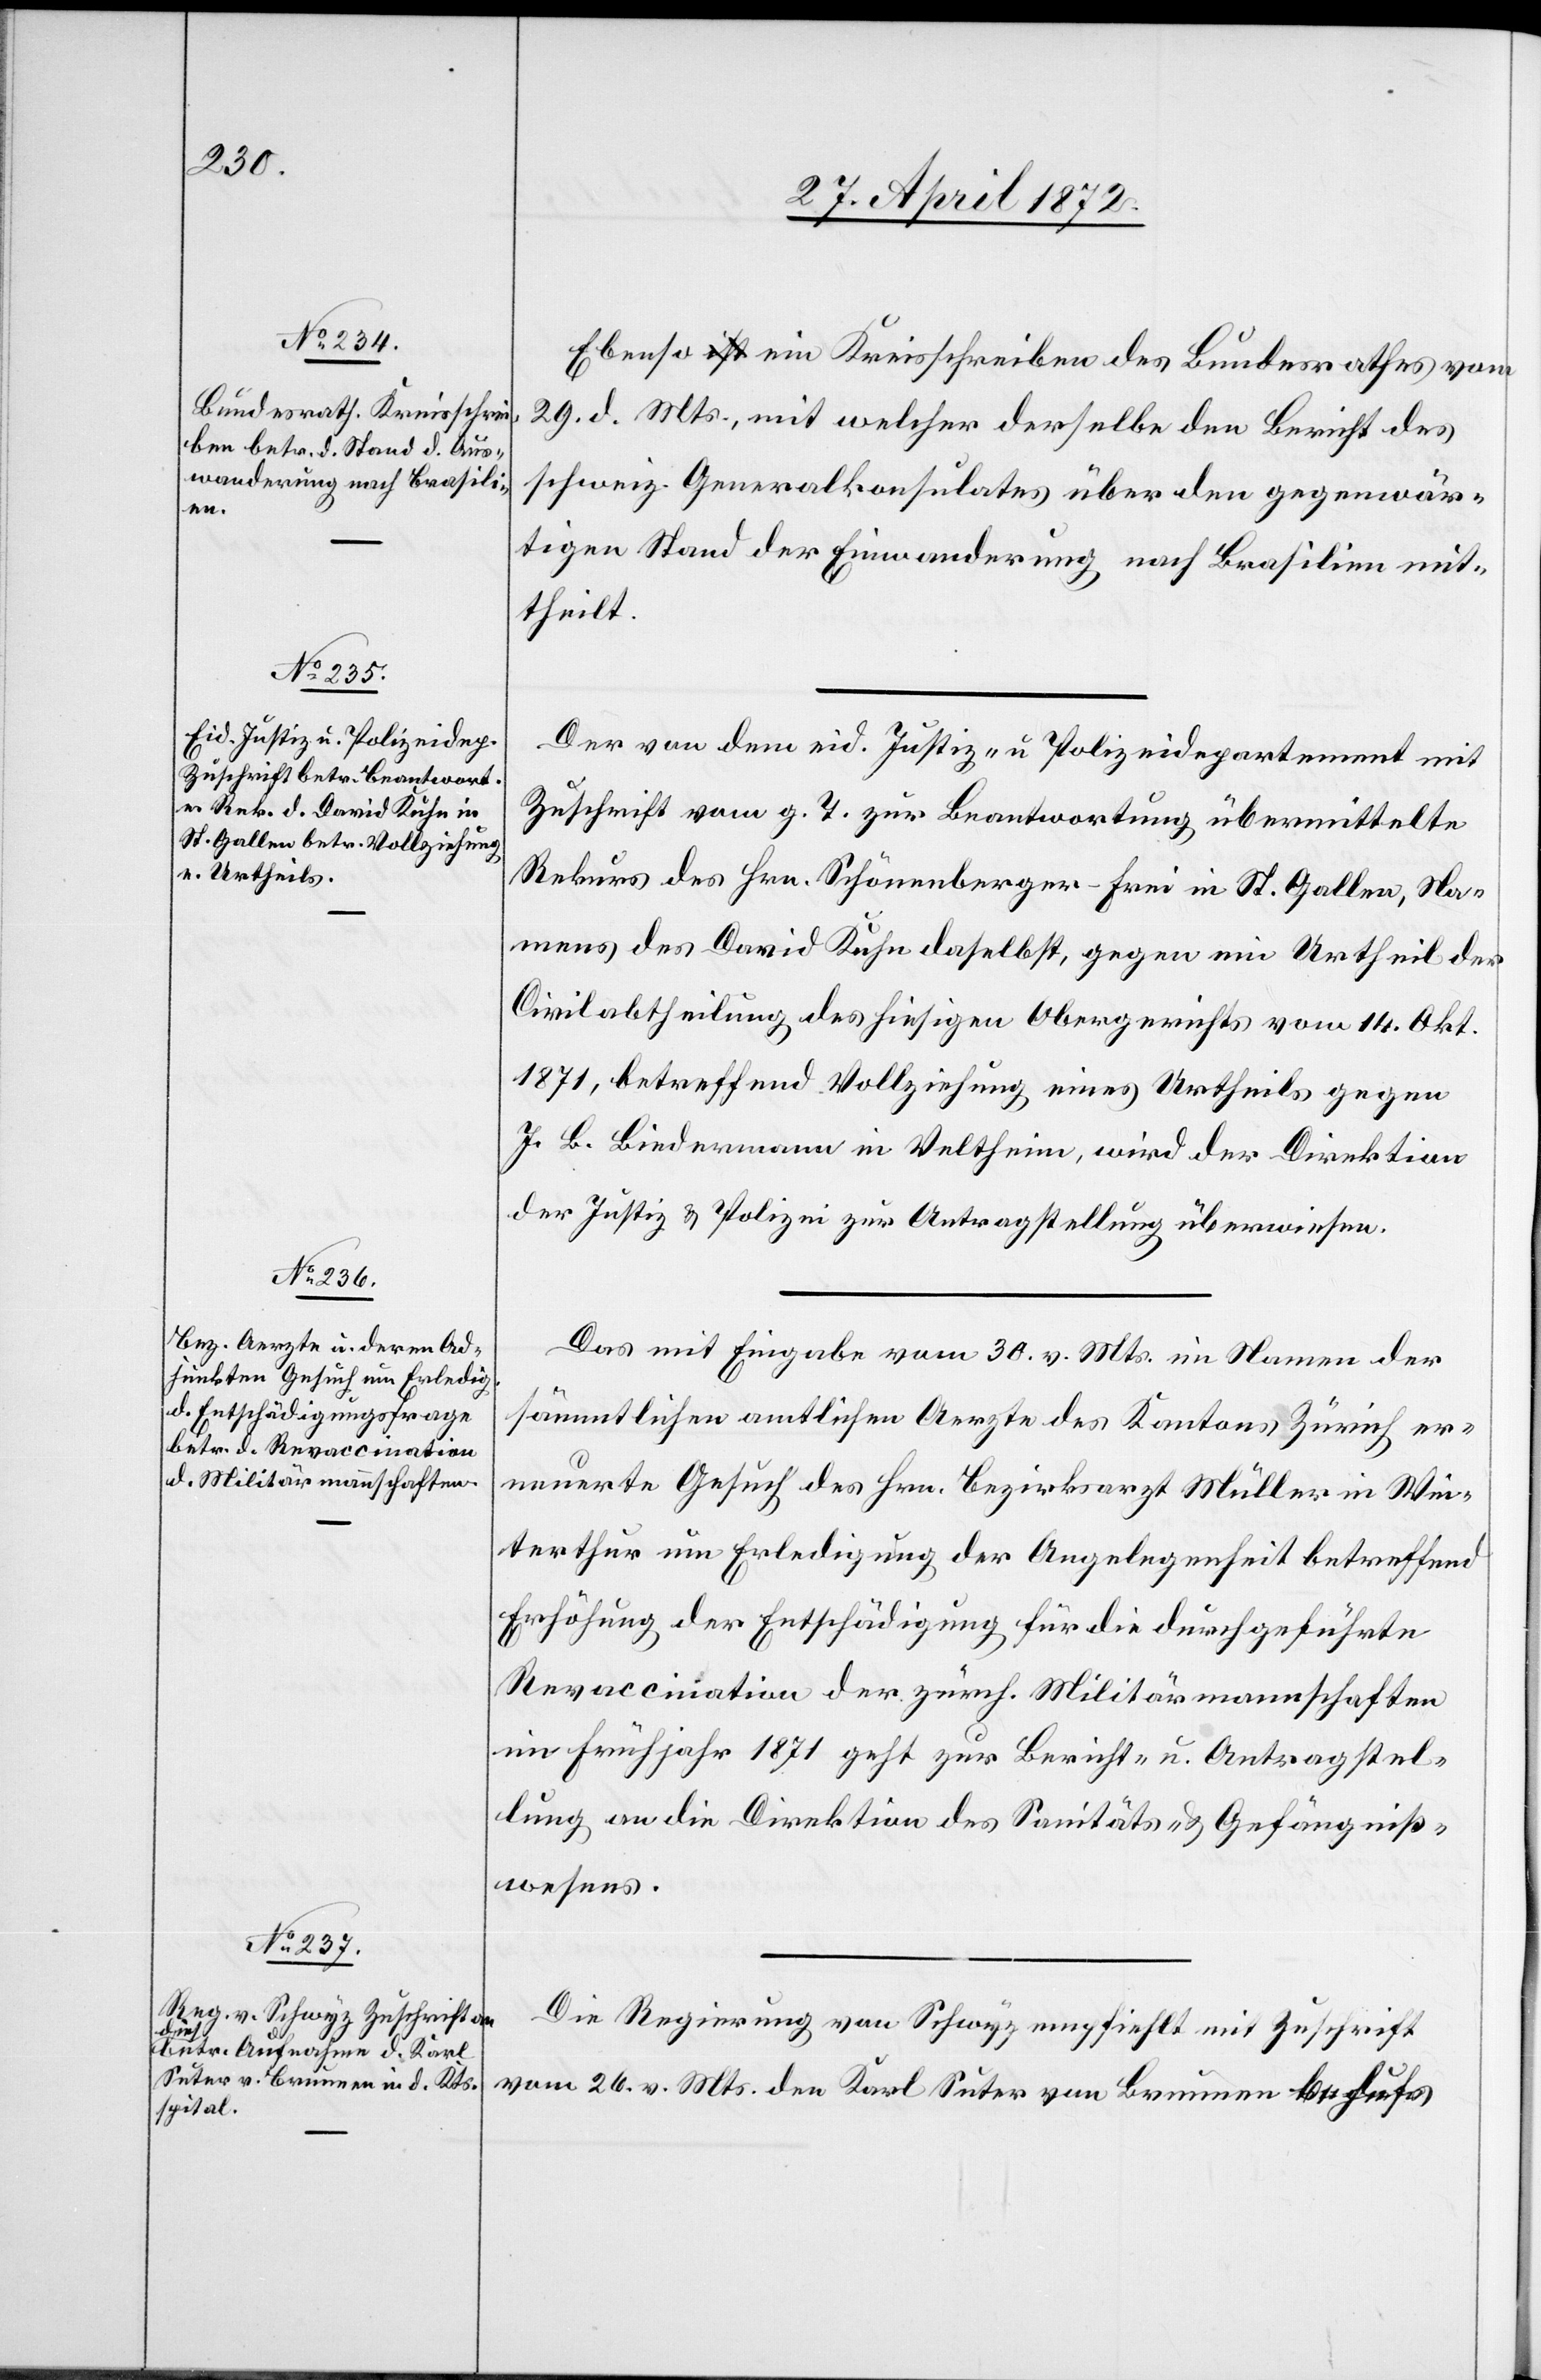
3. Mai 1872.]
Ebenso ein Kreisschreiben des Bundesrathes vom
29. d. Mts., mit welcher [sic!] derselbe den Bericht des
schweiz. Generalkonsulates über den gegenwär¬
tigen Stand der Einwanderung nach Brasilien mit¬
theilt.
Der von dem eid. Justiz- u. Polizeidepartement mit
Zuschrift vom g. T. zur Beantwortung übermittelte
Rekurs des Hrn. Schönenberger-Frei in St. Gallen, Na¬
mens des David Kuhn daselbst, gegen ein Urtheil der
Civilabtheilung des hiesigen Obergerichts vom 14. Okt.
1871, betreffend Vollziehung eines Urtheils gegen
J. B. Biedermann in Veltheim, wird der Direktion
der Justiz u. Polizei zur Antragstellung überwiesen.
Das mit Eingabe vom 30. v. Mts. im Namen der
sämmtlichen amtlichen Aerzte des Kantons Zürich er¬
neuerte Gesuch des Hrn. Bezirksarzt Müller in Win¬
terthur um Erledigung der Angelegenheit betreffend
Erhöhung der Entschädigung für die durchgeführte
Revaccination der zürch. Militärmannschaften
im Frühjahr 1871 geht zur Bericht- u. Antragstel¬
lung an die Direktion des Sanitäts- u. Gefängniß¬
wesens.
Die Regierung von Schwyz empfiehlt mit Zuschrift
vom 26. v. Mts. den Karl Suter von Brunnen behufs